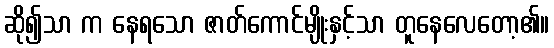
ဆို၍သာ က နေရသော ဇာတ်ကောင်မျိုးနှင့်သာ တူနေလေတော့၏။